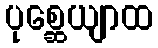
ပုစ္ဆေယျာထ